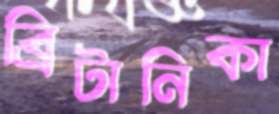
ব্রিটানিকা